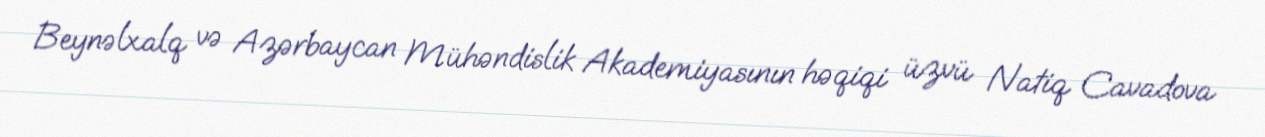
Beynəlxalq və Azərbaycan Mühəndislik Akademiyasının həqiqi üzvü Natiq Cavadova